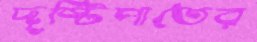
দৃষ্টিপাতের